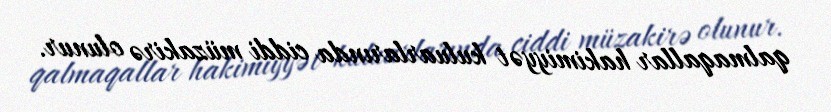
qalmaqallar hakimiyyət kuluarlarında ciddi müzakirə olunur.